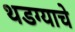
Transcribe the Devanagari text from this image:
थडग्याचे